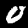
Label: 0